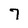
Character: 7